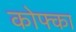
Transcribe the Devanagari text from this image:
कोफ्का